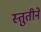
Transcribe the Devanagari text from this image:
स्तुतीने